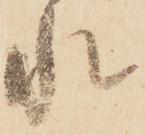
水